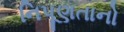
નિપૂણતાનો